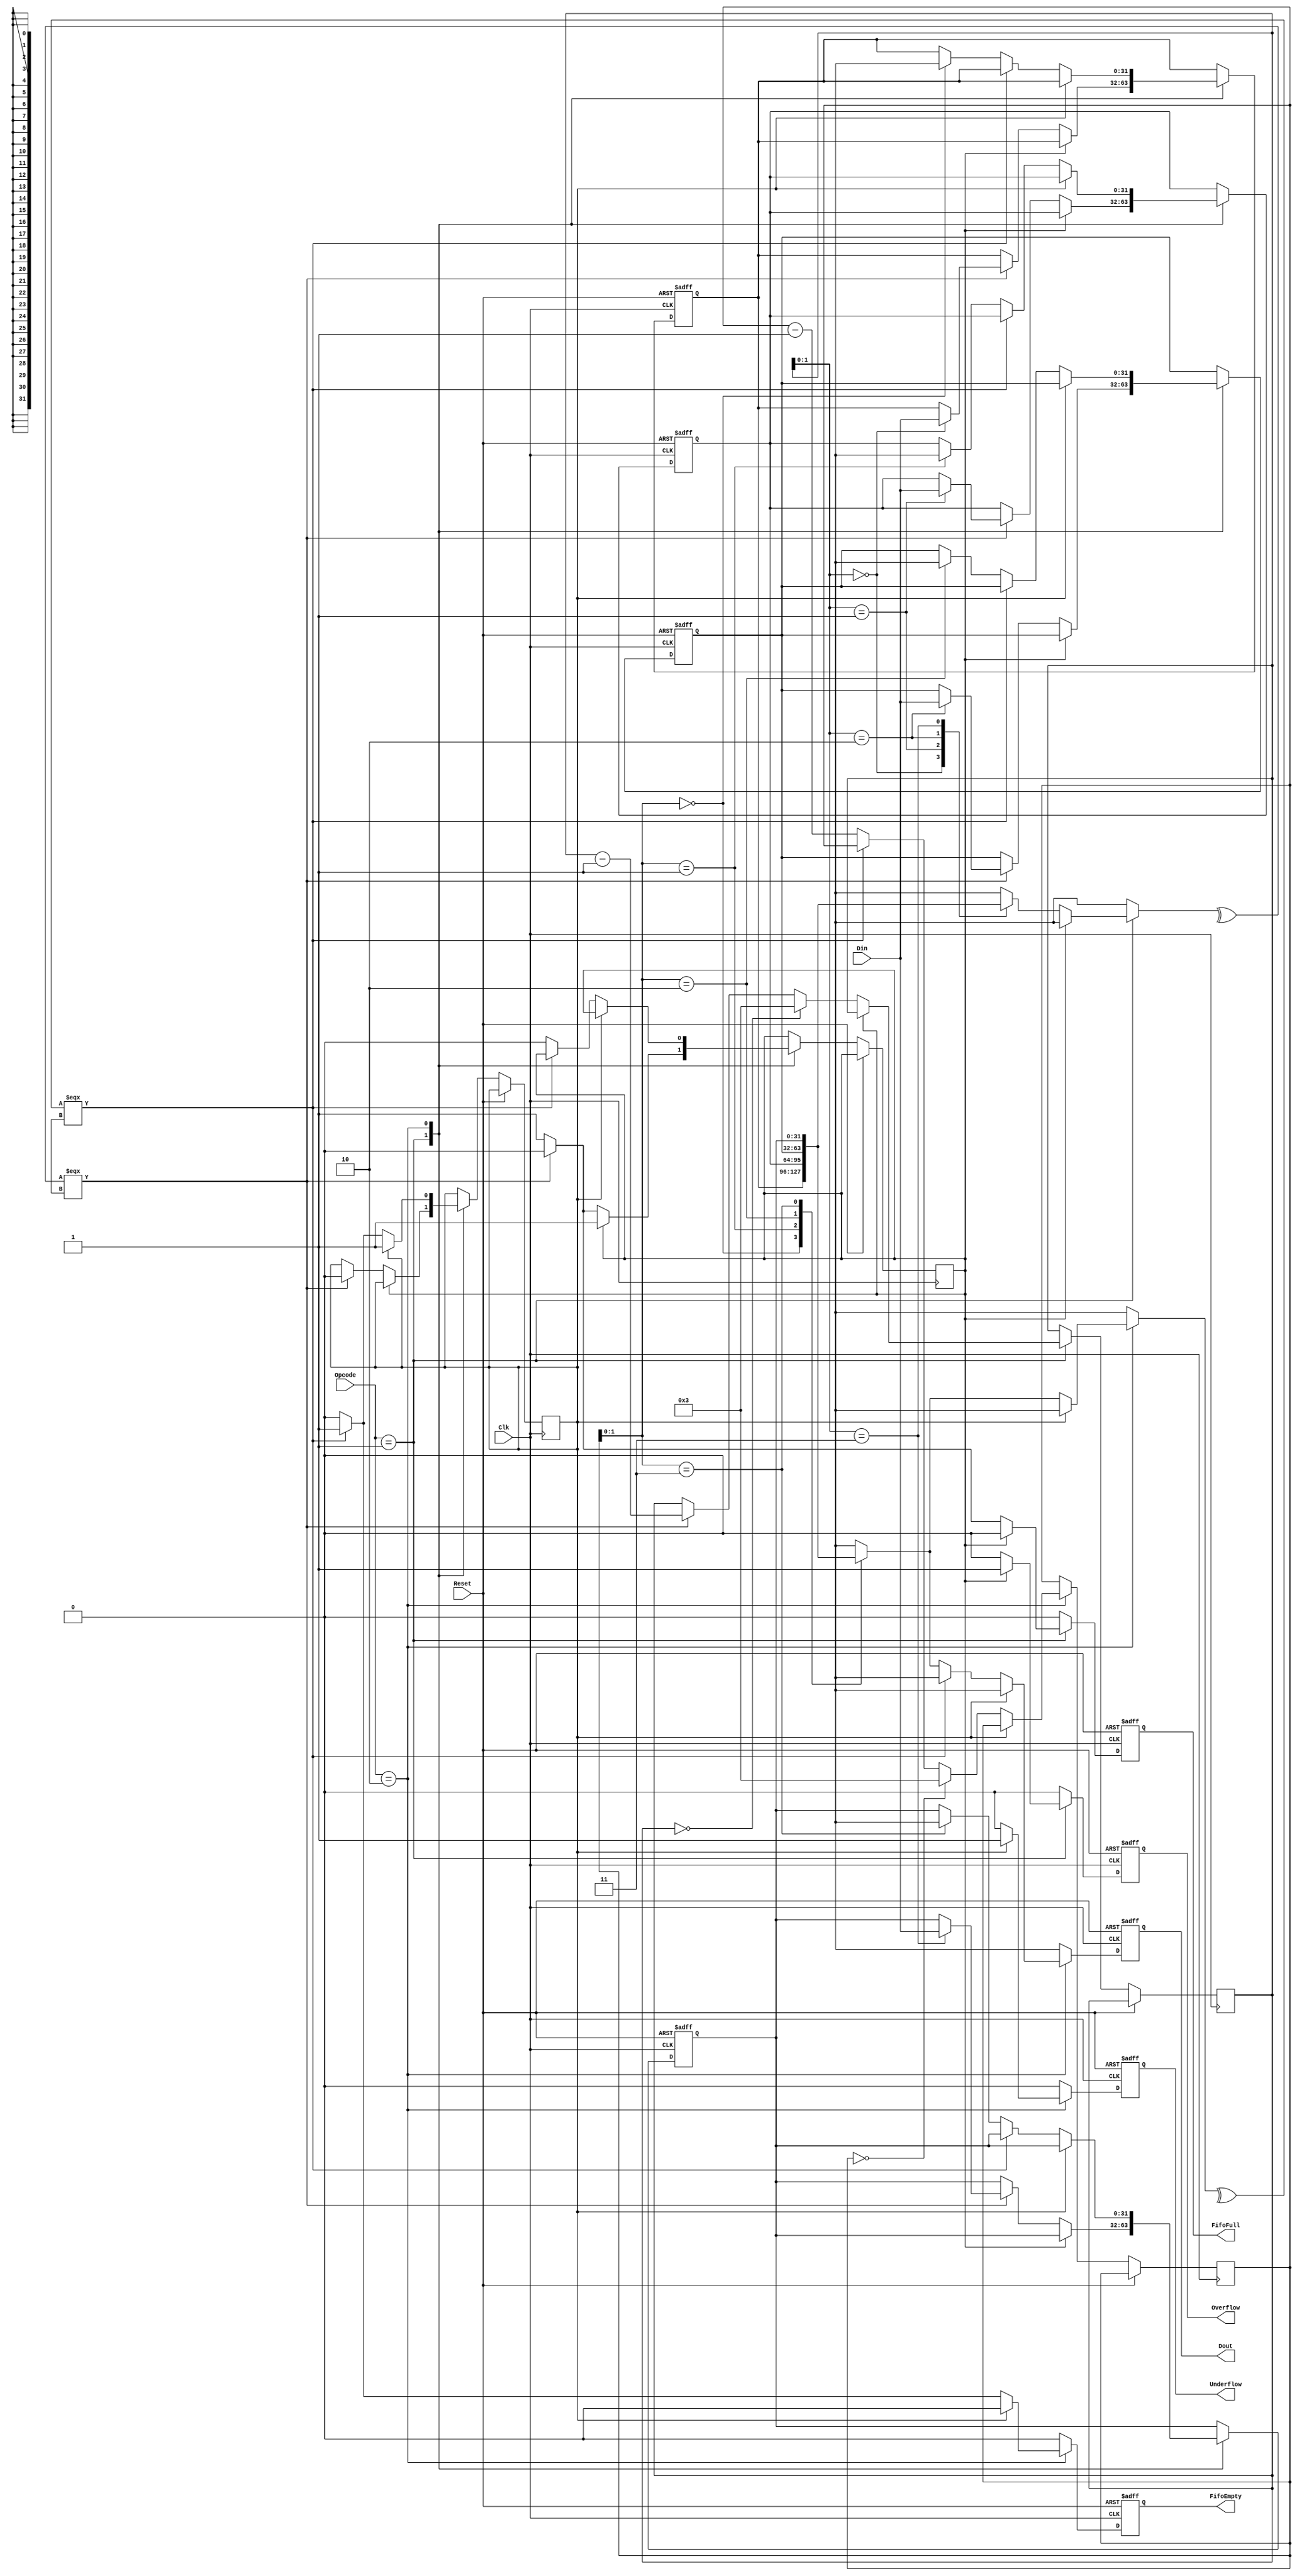
module task3_FIFO #(parameter N = 4)
  (input [1:0] Opcode,
  input [31:0] Din,
  input Reset, Clk,
  output reg [31:0] Dout,
  output reg FifoFull, FifoEmpty, Overflow, Underflow);
  
  integer res;
  reg [31:0] Mem [N-1:0];
  reg [N-1:0] wrpos = N-1; // Write Position
  reg [N-1:0] rdpos = N-1; // Read Position
  reg memFull, memEmpty;
  
  always@(posedge Clk or posedge Reset)
  begin
    FifoFull <= 1'b0;
    FifoEmpty <= 1'b0;
    Overflow <= 1'b0;
    Underflow <= 1'b0;
    Dout <= 32'hXXXX;
    if(Reset)
    begin
        for(res = 0; res < N; res = res+1)
        begin
            Mem[res] <= 32'bXXXX;
        end
    end
    else
    begin  
    case (Opcode)
        2'b01: 
        begin
            if (memFull)
            begin
                Overflow <= 1'b1;
            end
            else
            begin
                if(^Mem[wrpos] === 1'bx)
                begin
                    memEmpty <= 1'b0;
                    Mem[wrpos] <= Din;
                    wrpos <= wrpos - 1;
                end
                else 
                begin
                    FifoFull <= 1'b1;
                    memFull <= 1'b1;
                end
                if(wrpos == 0)
                   wrpos <= N-1;              
            end
        end
        2'b10:
        begin
            if (memEmpty)
                Underflow <= 1'b1;
            else
            begin
                if(^Mem[rdpos] === 1'bx)
                begin
                    FifoEmpty <= 1'b1;
                    memEmpty <= 1'b1;
                end
                else
                begin
                    memFull <= 1'b0;
                    Dout <= Mem[rdpos];
                    Mem[rdpos] <= 32'bXXXX;
                    rdpos <= rdpos - 1;
                end
                if(rdpos == 0)
                    rdpos <= N-1;
            end
        end
    endcase
  end
 end
endmodule